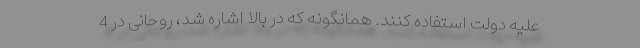
علیه دولت استفاده کنند. همانگونه که در بالا اشاره شد، روحانی در 4